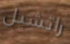
راتشيل